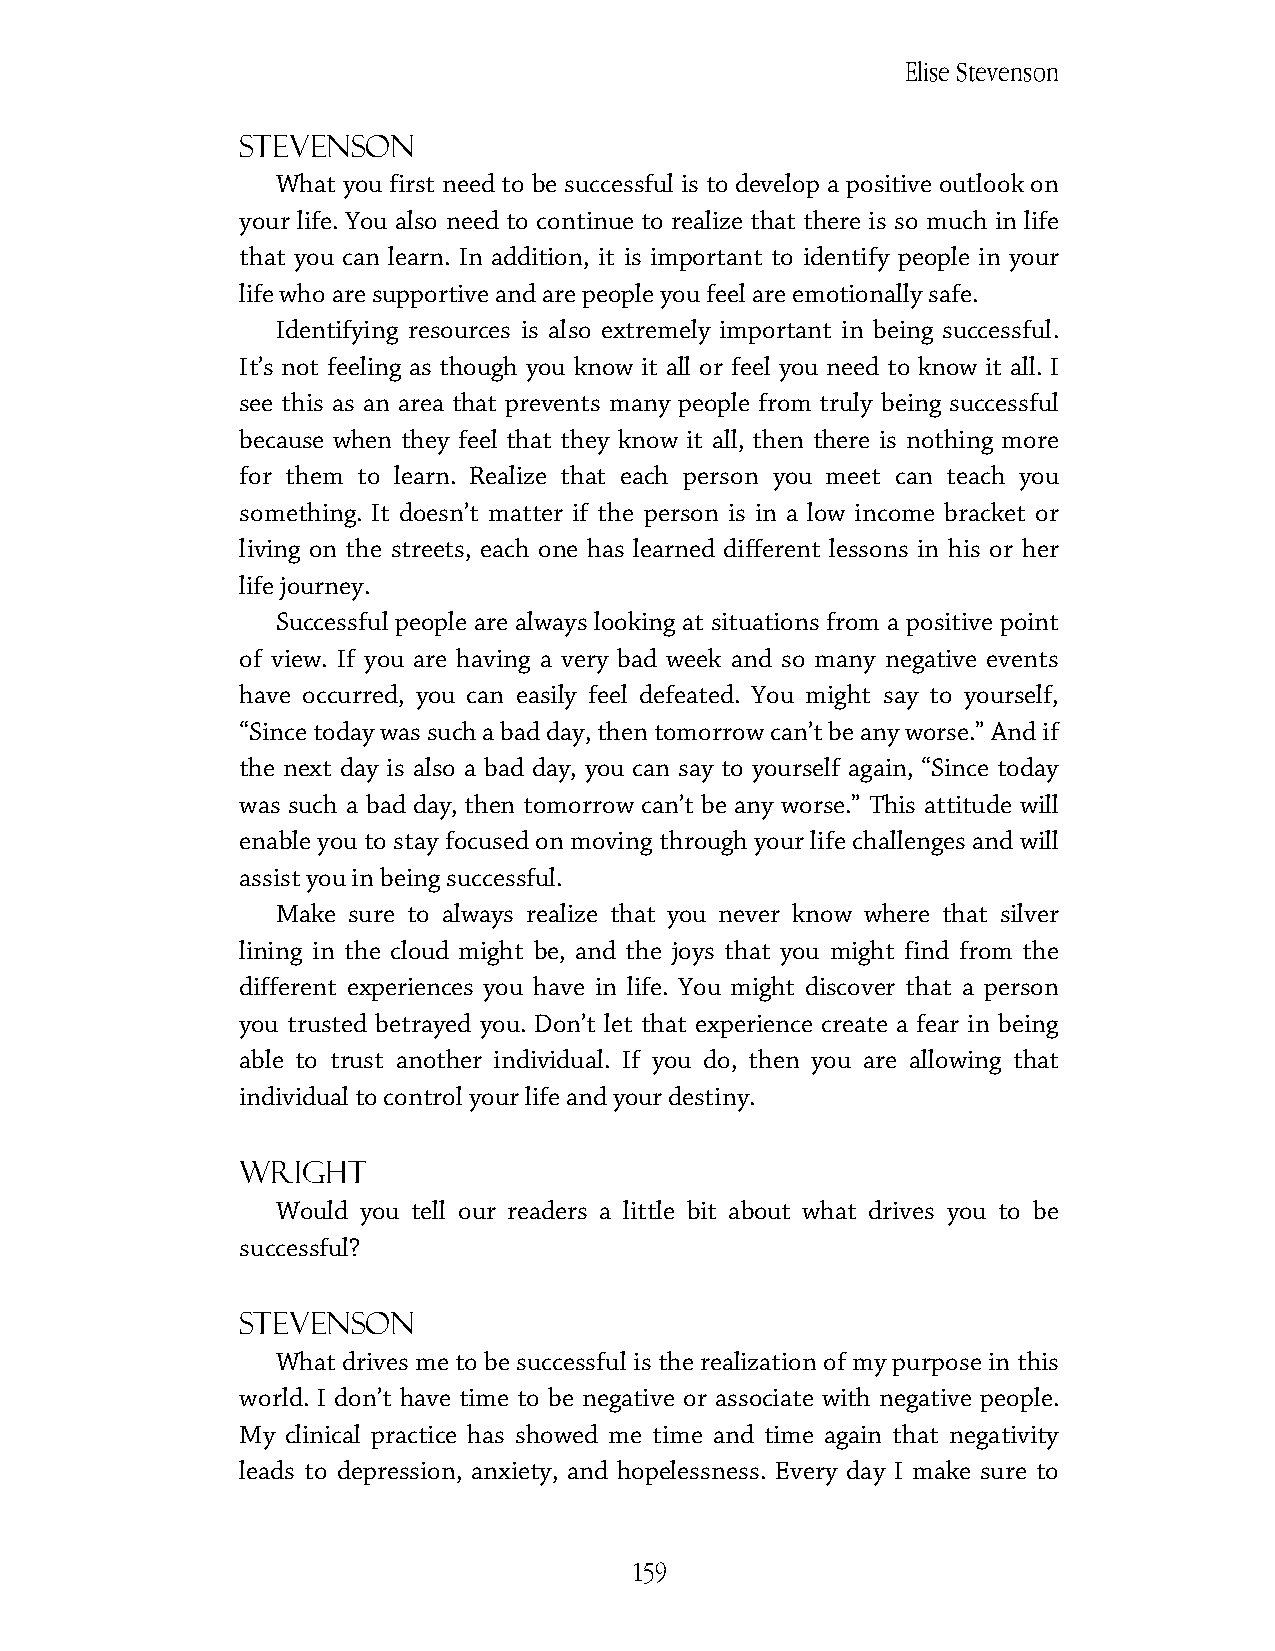
Elise Stevenson
 Stevenson
 What you first need to be successful is to develop a positive outlook on
 your life. You also need to continue to realize that there is so much in life
 that you can learn. In addition, it is important to identify people in your
 life who are supportive and are people you feel are emotionally safe.
 Identifying resources is also extremely important in being successful.
 It’s not feeling as though you know it all or feel you need to know it all. I
 see this as an area that prevents many people from truly being successful
 because when they feel that they know it all, then there is nothing more
 for them to learn. Realize that each person you meet can teach you
 something. It doesn’t matter if the person is in a low income bracket or
 living on the streets, each one has learned different lessons in his or her
 life journey.
 Successful people are always looking at situations from a positive point
 of view. If you are having a very bad week and so many negative events
 have occurred, you can easily feel defeated. You might say to yourself,
 “Since today was such a bad day, then tomorrow can’t be any worse.” And if
 the next day is also a bad day, you can say to yourself again, “Since today
 was such a bad day, then tomorrow can’t be any worse.” This attitude will
 enable you to stay focused on moving through your life challenges and will
 assist you in being successful.
 Make sure to always realize that you never know where that silver
 lining in the cloud might be, and the joys that you might find from the
 different experiences you have in life. You might discover that a person
 you trusted betrayed you. Don’t let that experience create a fear in being
 able to trust another individual. If you do, then you are allowing that
 individual to control your life and your destiny.
 Wright
 Would you tell our readers a little bit about what drives you to be
 successful?
 Stevenson
 What drives me to be successful is the realization of my purpose in this
 world. I don’t have time to be negative or associate with negative people.
 My clinical practice has showed me time and time again that negativity
 leads to depression, anxiety, and hopelessness. Every day I make sure to
 159